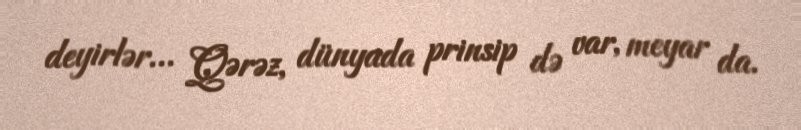
deyirlər... Qərəz, dünyada prinsip də var, meyar da.